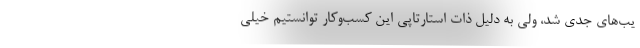
یب‌های جدی شد، ولی به دلیل ذات استارتاپی این کسب‌و‌کار توانستیم خیلی